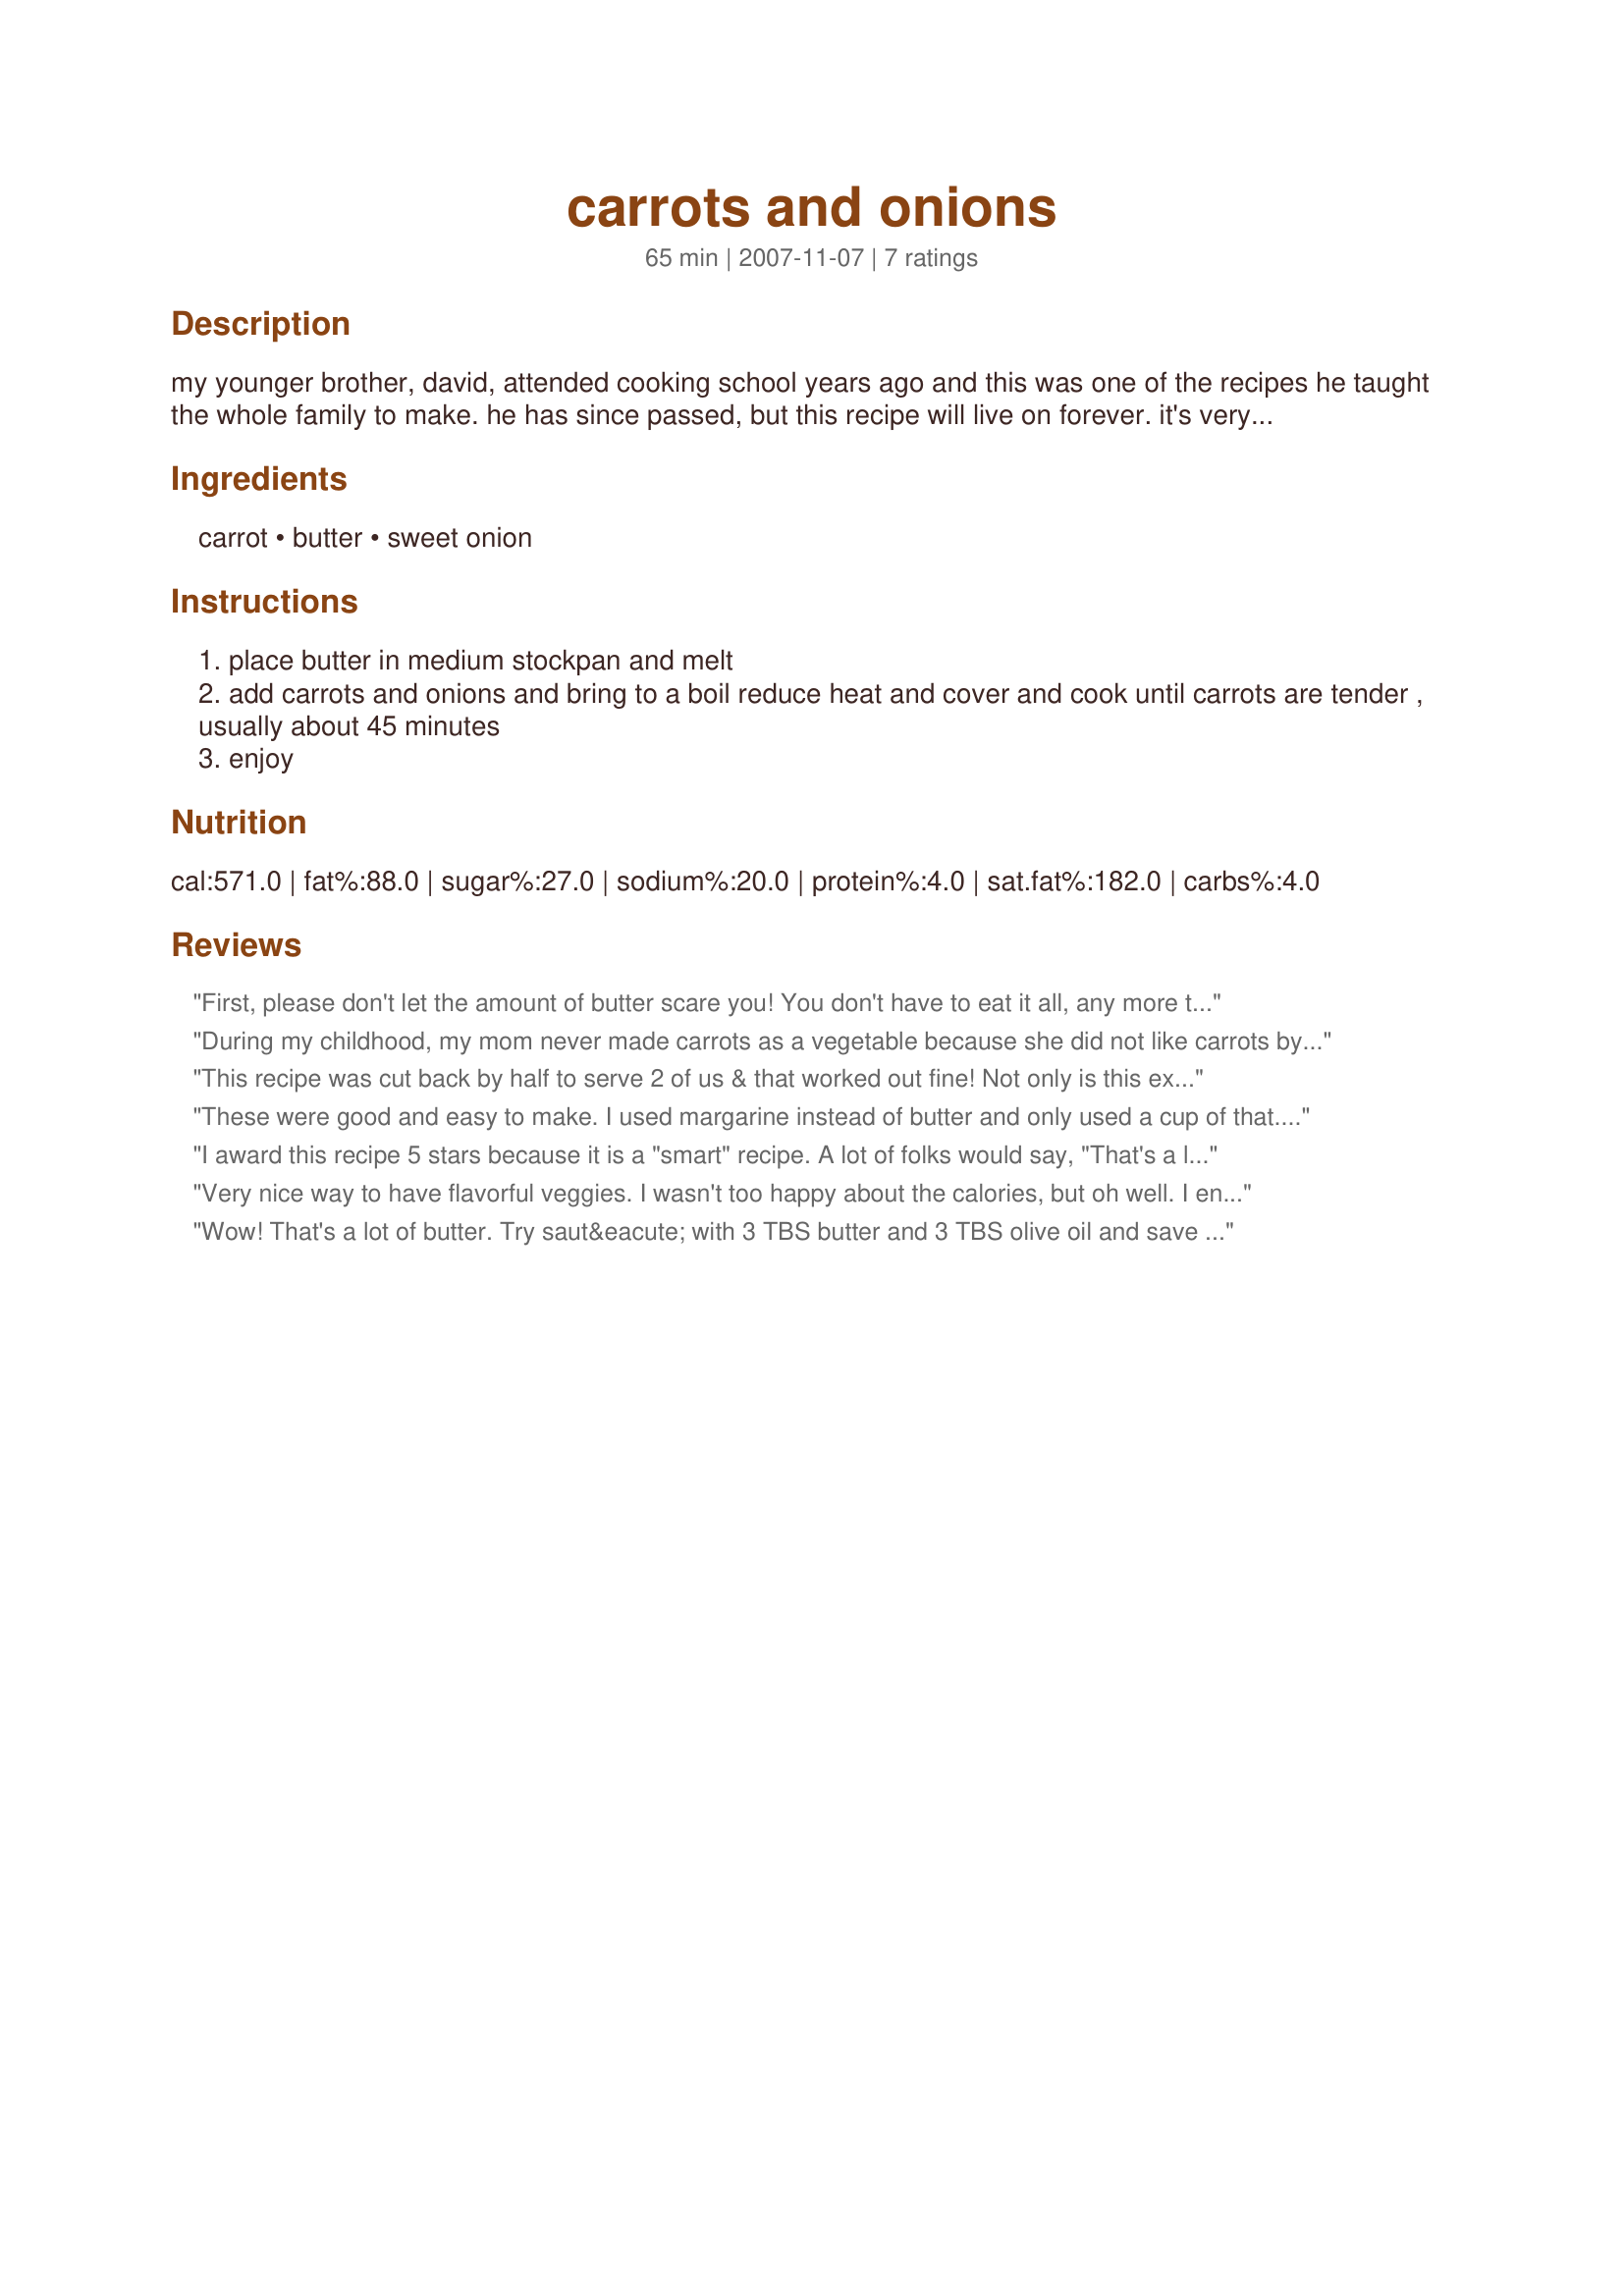
carrots and onions
Preparation time: 65 minutes

my younger brother, david, attended cooking school years ago and this was one of the recipes he taught the whole family to make. he has since passed, but this recipe will live on forever. it's very sweet and even if you don't like carrots, which i don't, you will love this recipe.

Ingredients:
carrot, butter, sweet onion

Steps:
place butter in medium stockpan and melt
add carrots and onions and bring to a boil reduce heat and cover and cook until carrots are tender , usually about 45 minutes
enjoy

Reviews:
First, please don't let the amount of butter scare you! You don't have to eat it all, any more than you have to drink all the water when you boil or steam vegetables. As another reviewer has pointed out, the butter is used as a medium in which to cook the veggies. You don't have to serve them with all--or any--of the butter. Use as much butter for serving as you choose. YOU control the calories here. I think this is one of the best carrot recipes I have ever tried. It really showcases the carrots' intense natural sweetness, without artificial sugary adjuncts. Thank you so much for posting. Made for Spring 2010 PAC.
During my childhood, my mom never made carrots as a vegetable because she did not like carrots by themselves as a side dish. She put carrots in soups and stews and served them raw with cheese and crackers for my lunch. I am positive that she will love this recipe when she tastes it because these carrots are absolutely delicious. Using a sweet onion is the secret to the scrumptiousness of this recipe. My Vidalia onion caramelized in the butter creating a naturally sweet and thick syrup. The carrots were so sweet that it is hard to believe that there was no honey, sugar, or maple syrup added. Thank you, msjill111, for incredible Carrots and Onions!
This recipe was cut back by half to serve 2 of us & that worked out fine! Not only is this extremely easy to prepare, but it makes for A GREAT TASTING CARROT DISH! A Vadalia was my choice for the onion! I will certainly be keeping this recipe around! Many thanks! [Tagged, made & reviewed for one of my adoptees in the current Pick-A-Chef]
These were good and easy to make. I used margarine instead of butter and only used a cup of that. I used a pound of frozen carrots. I also had precut frozen onions, so I used a cup of those. This was something different but I couldn't believe how high in calories they were. Tastey, easy side dish to make.
I award this recipe 5 stars because it is a "smart" recipe. A lot of folks would say, "That's a lot of butter!" But in terms of calories, it would have a lot more if you used the traditional brown sugar -- the onions give this dish a nice NATURALLY sweet flavor that you can't achieve with sugar and the butter is a very nice cooking medium to infuse these two great veggies together for a great taste. It's also a simple recipe that anyone could prepare. Your brother was certainly a fine Chef, msjill111! I salute his very successful effort. Yer pal, pat.
Very nice way to have flavorful veggies. I wasn't too happy about the calories, but oh well. I ended up cutting the recipe in half and used margarine instead of butter. I also used a regular onion and it turned out nice. Thanks for posting!
Wow! That's a lot of butter. Try saut&eacute; with 3 TBS butter and 3 TBS olive oil and save about 2,200 fat calories. Butter has over 800 calories per stick and this recipe calls for 3 sticks or a whopping 2,400 fat calories.
